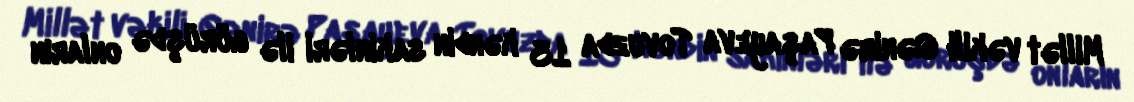
Millət vəkili Qənirə Paşayeva Tovuzda 13 kəndin sakinləri ilə görüşdə onların